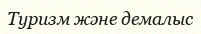
Туризм және демалыс